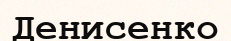
Денисенко